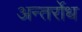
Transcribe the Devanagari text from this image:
अन्तर्रोध